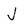
Character: J